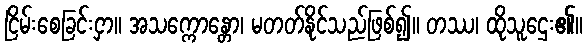
ငြိမ်းစေခြင်းငှာ။ အသက္ကောန္တော၊ မတတ်နိုင်သည်ဖြစ်၍။ တဿ၊ ထိုသူဌေး၏။